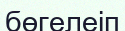
бөгелеіп